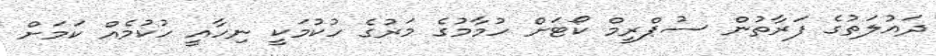
ދައުލަތުގެ ފަރާތުން ސުޕްރީމް ކޯޓަށް ހުމާމުގެ މަރުގެ ހުކުމަކީ ނިހާއީ ހުކުމެއް ކަމަށް